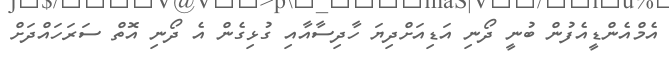
އެމްއެންޑީއެފުން ބުނީ ދޯނި އަޑިއަށްދިޔަ ހާދިސާއާއި ގުޅިގެން އެ ދޯނި އޮތް ސަރަހައްދަށް